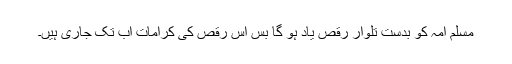
مسلم امہ کو بدست تلوار رقص یاد ہو گا بس اس رقص کی کرامات اب تک جاری ہیں۔